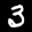
Label: 3